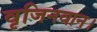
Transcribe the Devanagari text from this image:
वृजिनवान।